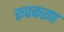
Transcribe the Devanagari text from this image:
रूपकरण